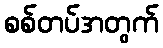
စစ်တပ်အတွက်